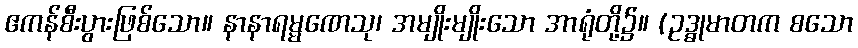
ဧကန်စီးပွားဖြစ်သော။ နာနာရမ္မဏေသု၊ အမျိုးမျိုးသော အာရုံတို့၌။ (ဥဒ္ဓုမာတက စသော